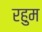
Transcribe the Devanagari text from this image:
रहुम